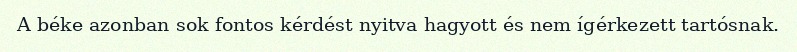
A béke azonban sok fontos kérdést nyitva hagyott és nem ígérkezett tartósnak.